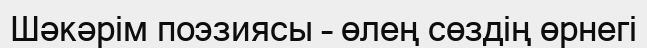
Шәкәрім поэзиясы – өлең сөздің өрнегі